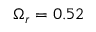
\Omega _ { r } = 0 . 5 2